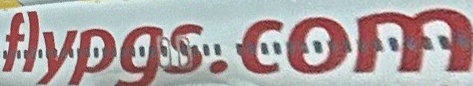
flypgs.com